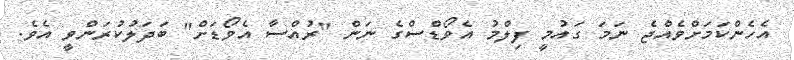
އެހެންކަމަށްވެއްޖެ ނަމަ ގައުމީ ފިލްމު އެވޯޑްސްގެ ނަން "ރުއްސާ އެވޯޑަށް" ބަދަލުކުރަންވީ އެވެ.